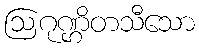
ဩဂုဏ္ဌိတသီသော